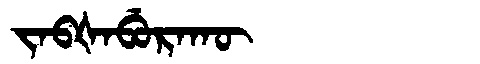
Manchu: ᠵᠠᠪᡧᠠᠪᡠᡵᠠᡴᡡ
Romanization: JABŠABURAKŪ